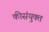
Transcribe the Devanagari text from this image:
कीसंयुक्त